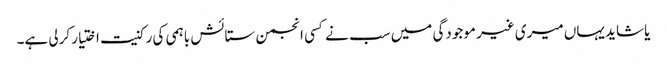
یا شاید یہاں میری غیر موجودگی میں سب نے کسی انجمن ستائش باہمی کی رکنیت اختیار کرلی ہے۔